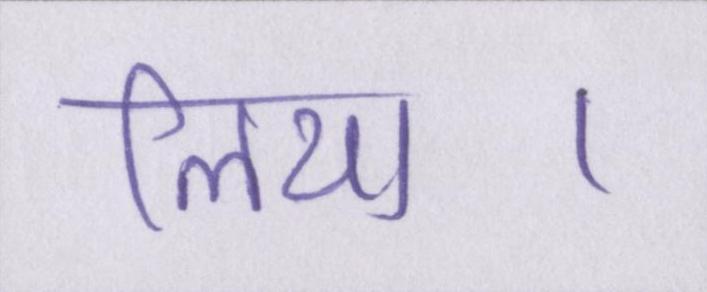
लिया।